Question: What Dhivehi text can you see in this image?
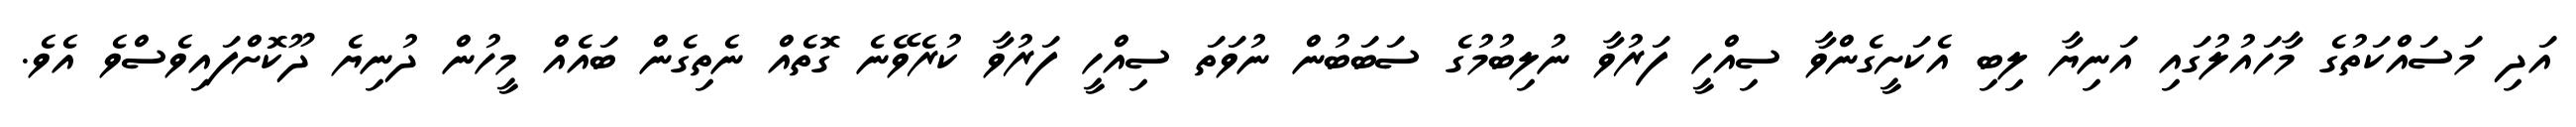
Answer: އަދި މަސައްކަތުގެ މާހައުލުގައި އަނިޔާ ލިބި އެކަށީގެންވާ ސިއްހީ ފަރުވާ ނުލިބުމުގެ ސަބަބުން ނުވަތަ ސިއްހީ ފަރުވާ ކުރެވޭނެ ގޮތެއް ނެތިގެން ބައެއް މީހުން ދުނިޔެ ދޫކޮށްފައިވެސްވެ އެވެ.